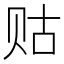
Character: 𲂾